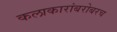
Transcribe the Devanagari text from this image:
कलाकारांबरोबरच